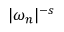
\vert \omega _ { n } \vert ^ { - s }